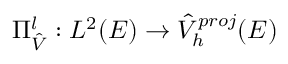
\Pi _ { \hat { V } } ^ { l } : L ^ { 2 } ( E ) \rightarrow \hat { V } _ { h } ^ { p r o j } ( E )